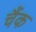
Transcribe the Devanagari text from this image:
चैंक